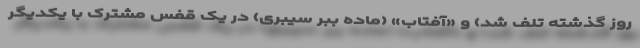
روز گذشته تلف شد) و «آفتاب» (ماده ببر سیبری) در یک قفس مشترک با یکدیگر